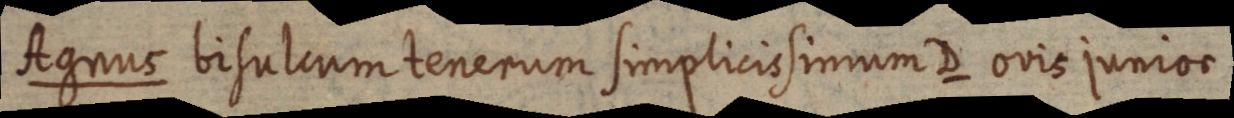
Agnus bisulcum tenerum simplicissimum D ovis junios